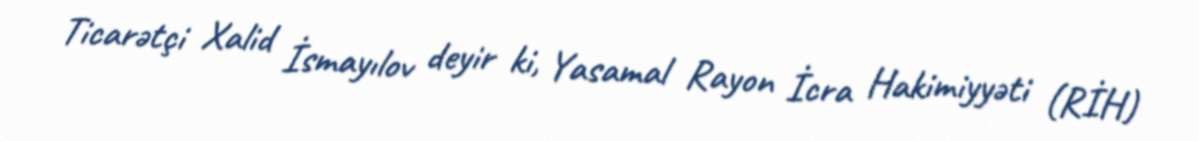
Ticarətçi Xalid İsmayılov deyir ki, Yasamal Rayon İcra Hakimiyyəti (RİH)